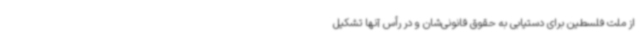
از ملت فلسطین برای دستیابی به حقوق قانونی‌شان و در رأس آنها تشکیل